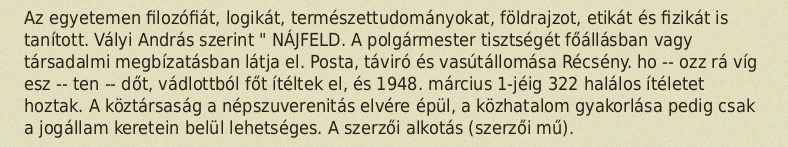
Az egyetemen filozófiát, logikát, természettudományokat, földrajzot, etikát és fizikát is tanított. Vályi András szerint " NÁJFELD. A polgármester tisztségét főállásban vagy társadalmi megbízatásban látja el. Posta, táviró és vasútállomása Récsény. ho -- ozz rá víg esz -- ten -- dőt, vádlottból főt ítéltek el, és 1948. március 1-jéig 322 halálos ítéletet hoztak. A köztársaság a népszuverenitás elvére épül, a közhatalom gyakorlása pedig csak a jogállam keretein belül lehetséges. A szerzői alkotás (szerzői mű).